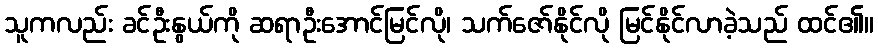
သူကလည်း ခင်ဦးနွယ်ကို ဆရာဦးအောင်မြင်လို၊ သက်ဇော်နိုင်လို မြင်နိုင်လာခဲ့သည် ထင်၏။